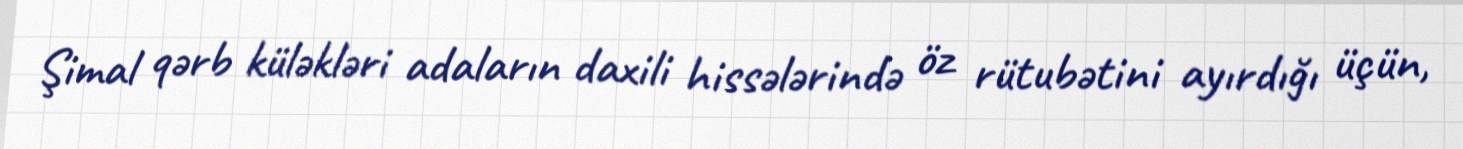
Şimal qərb küləkləri adaların daxili hissələrində öz rütubətini ayırdığı üçün,